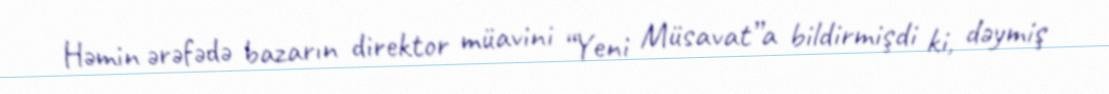
Həmin ərəfədə bazarın direktor müavini “Yeni Müsavat”a bildirmişdi ki, dəymiş